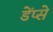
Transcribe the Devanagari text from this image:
डेंप्से